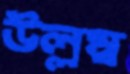
উল্লম্ব